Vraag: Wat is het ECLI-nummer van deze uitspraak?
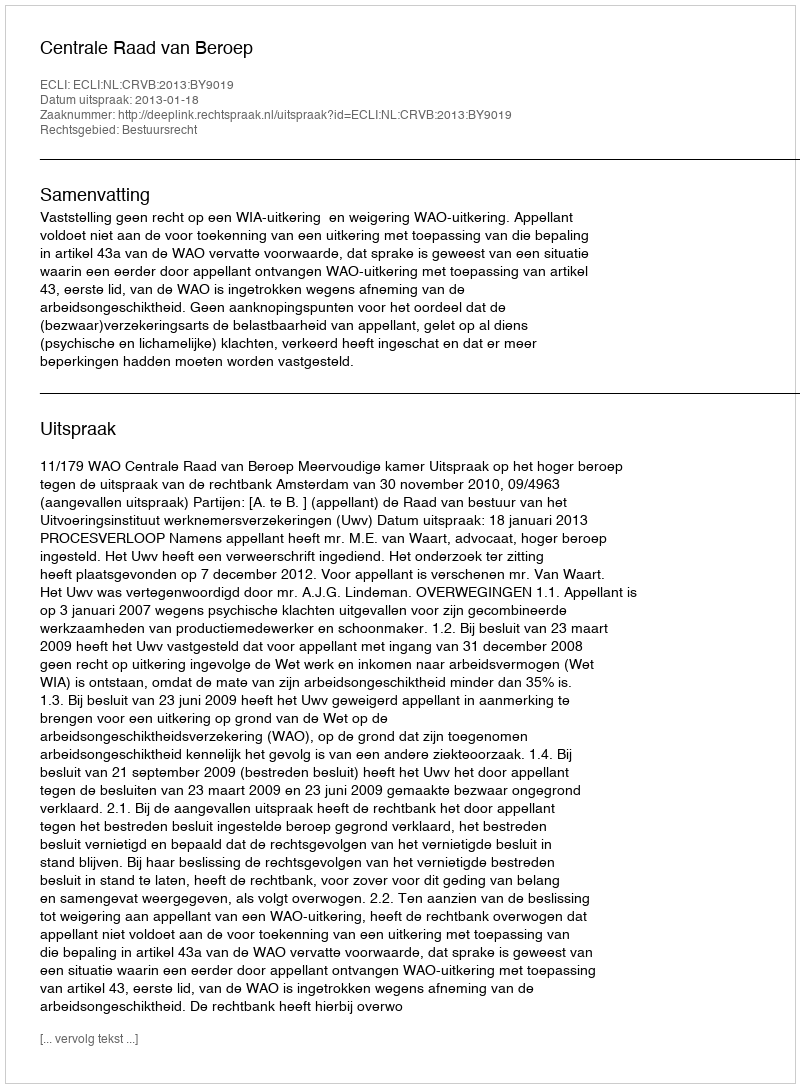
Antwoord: ECLI:NL:CRVB:2013:BY9019